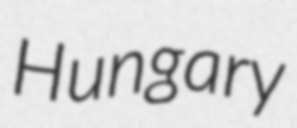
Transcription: Hungary